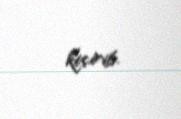
keçirib.